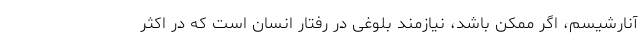
آنارشیسم، اگر ممکن باشد، نیازمند بلوغی در رفتار انسان است که در اکثر